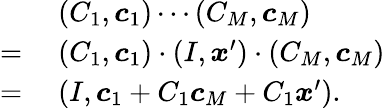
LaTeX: \begin{array}{rl}&{\; (C_{1},\boldsymbol{c}_{1})\cdots(C_{M},\boldsymbol{c}_{M})}\\ {=}&{\; (C_{1},\boldsymbol{c}_{1})\cdot(I,\boldsymbol{x}^{\prime})\cdot(C_{M},\boldsymbol{c}_{M})}\\ {=}&{\; (I,\boldsymbol{c}_{1}+C_{1}\boldsymbol{c}_{M}+C_{1}\boldsymbol{x}^{\prime}).}\end{array}